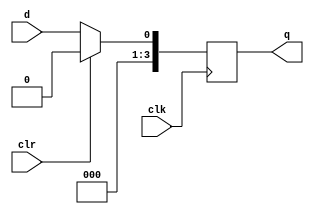

module pipo_bm(q,clk,clr,d);
input d,clr,clk;
output reg [3:0]q;
always @(posedge clk)
if(clr==1)
q=4'b0000;
else
q=d;
endmodule